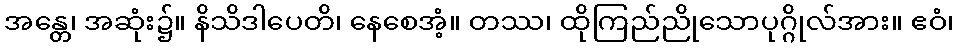
အန္တေ၊ အဆုံး၌။ နိသိဒါပေတိ၊ နေစေအံ့။ တဿ၊ ထိုကြည်ညိုသောပုဂ္ဂိုလ်အား။ ဧဝံ၊